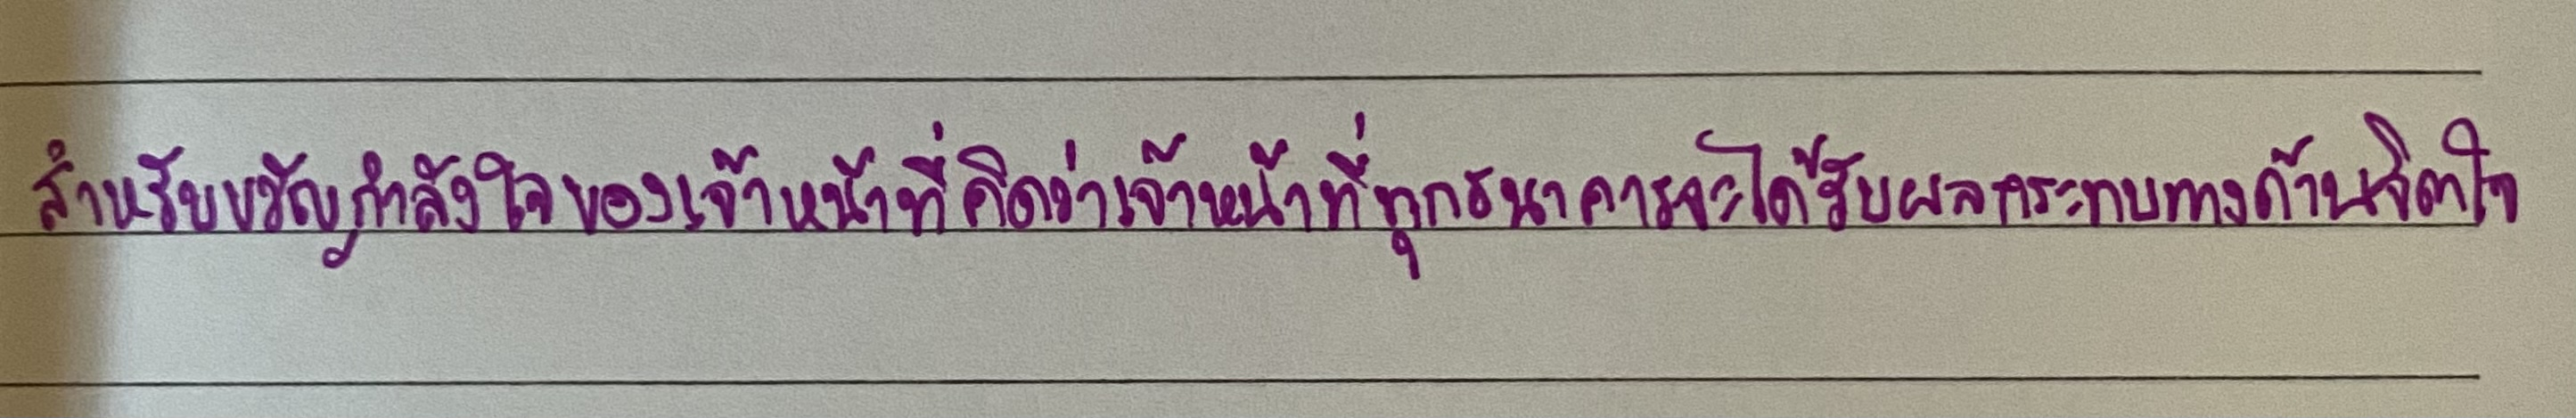
"สำหรับขวัญกำลังใจของเจ้าหน้าที่คิดว่าเจ้าหน้าที่ทุกธนาคารจะได้รับผลกระทบทางด้านจิตใจ